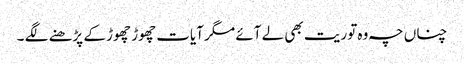
چناں چہ وہ توریت بھی لے آئے مگر آیات چھوڑ چھوڑ کے پڑھنے لگے ۔